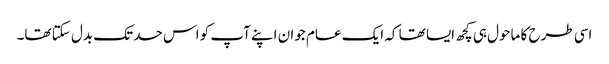
اسی طرح کا ماحول ہی کچھ ایسا تھا کہ ایک عام جوان اپنے آپ کو اس حد تک بدل سکتا تھا۔